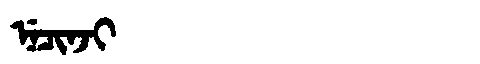
Manchu: ᠨᡝᠴᡳᠨᠵᡳ
Romanization: NECINJI